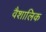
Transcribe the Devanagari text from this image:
वैशालिक